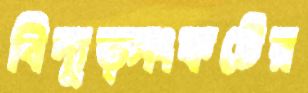
বিদ্যুত্সংকটের